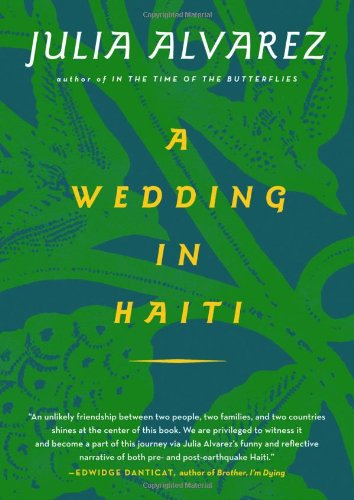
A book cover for A Wedding in Haiti; Julia Alvarez; Travel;